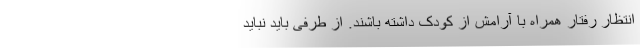
انتظار رفتار همراه با آرامش از کودک داشته باشند. از طرفی باید نباید